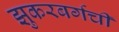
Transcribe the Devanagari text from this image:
झुकरबर्गची